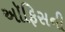
અૉફિસની